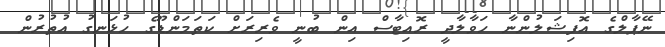
ނޭޕާލްގެ އޮފިޝަލުންނާ ހަވާލާދީ ރޮއިޓާސް އިން ބުނީ ވެރިރަށް ކަތަމަންޑޫގެ ހުޅަނގު އުތުރުން